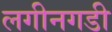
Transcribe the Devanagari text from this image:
लगीनगडी